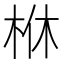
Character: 𣐾